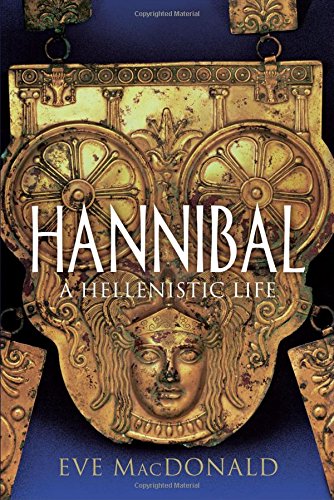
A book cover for Hannibal: A Hellenistic Life; Eve MacDonald; History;